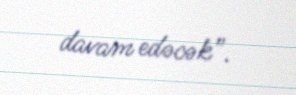
davam edəcək”.